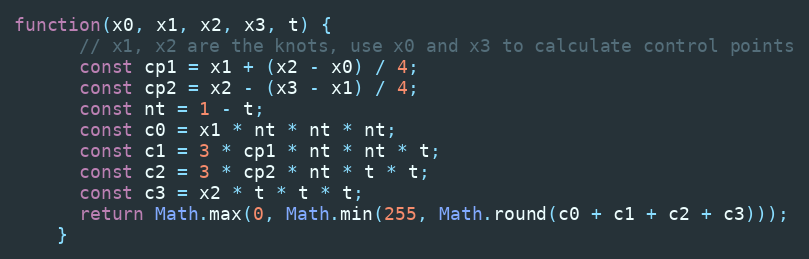
Language: JavaScript
function(x0, x1, x2, x3, t) {
      // x1, x2 are the knots, use x0 and x3 to calculate control points
      const cp1 = x1 + (x2 - x0) / 4;
      const cp2 = x2 - (x3 - x1) / 4;
      const nt = 1 - t;
      const c0 = x1 * nt * nt * nt;
      const c1 = 3 * cp1 * nt * nt * t;
      const c2 = 3 * cp2 * nt * t * t;
      const c3 = x2 * t * t * t;
      return Math.max(0, Math.min(255, Math.round(c0 + c1 + c2 + c3)));
    }